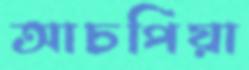
আচপিয়া